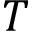
T